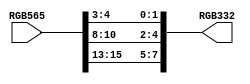
module DOWNSAMPLE (
  RGB565,
  RGB332
);

input  [15:0] RGB565;
output wire [7:0] RGB332;

assign RGB332 = {RGB565[15:13], RGB565[10:8], RGB565[4:3]};

endmodule